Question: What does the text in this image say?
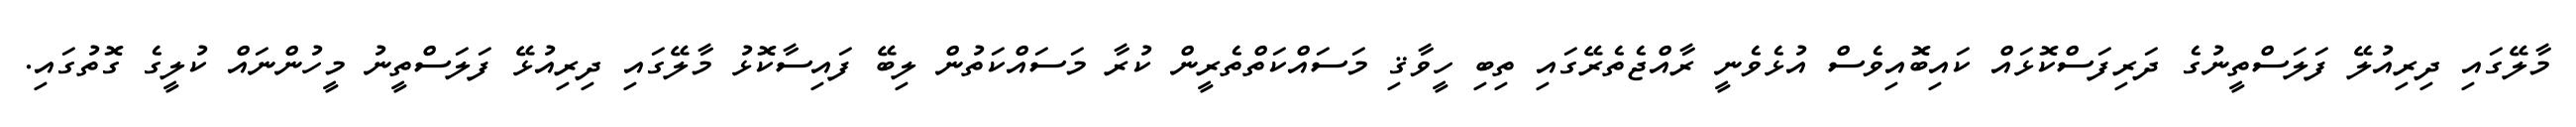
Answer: މާލޭގައި ދިރިއުލޭ ފަލަސްތީނުގެ ދަރިފަސްކޮޅައް ކައިބޮއިވެސް އުޅެވެނީ ރާއްޖެތެރޭގައި ތިބި ހީވާޤި މަސައްކަތްތެރީން ކުރާ މަސައްކަތުން ލިބޭ ފައިސާކޮޅު މާލޭގައި ދިރިއުޅޭ ފަލަސްތީނު މީހުންނައް ކުލީގެ ގޮތުގައި.